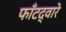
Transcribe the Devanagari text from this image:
फाँटद्वारे